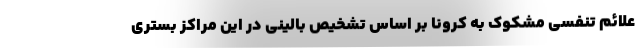
علائم تنفسی مشکوک به کرونا بر اساس تشخیص بالینی در این مراکز بستری